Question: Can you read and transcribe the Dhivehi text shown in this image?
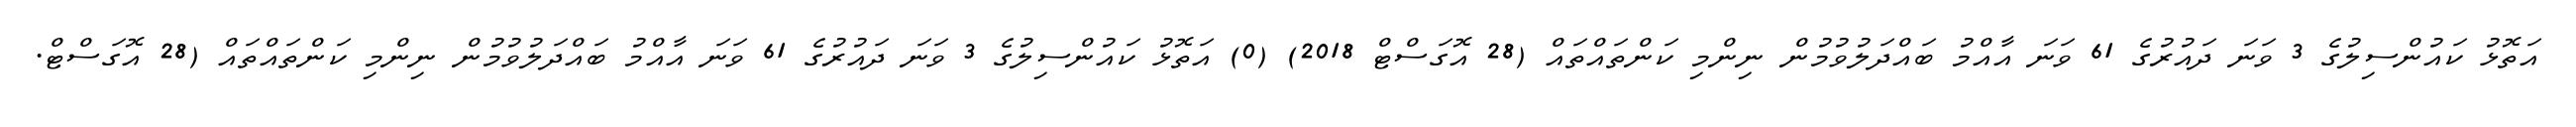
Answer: އަތޮޅު ކައުންސިލުގެ 3 ވަނަ ދައުރުގެ 61 ވަނަ އާއްމު ބައްދަލުވުމުން ނިންމި ކަންތައްތައް (28 އޮގަސްޓް 2018) (0) އަތޮޅު ކައުންސިލުގެ 3 ވަނަ ދައުރުގެ 61 ވަނަ އާއްމު ބައްދަލުވުމުން ނިންމި ކަންތައްތައް (28 އޮގަސްޓް.